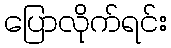
ပြောလိုက်ရင်း